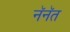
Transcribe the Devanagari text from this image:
नॅनॅत